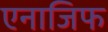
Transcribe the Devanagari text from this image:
एनाजिफ